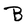
Character: B